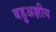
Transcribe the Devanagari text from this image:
बहुअक्षीय